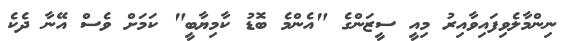
ނިންމާލެވިފައިވާއިރު މިއީ ސީޒަންގެ "އެންމެ ބޮޑު ކާމިޔާބީ" ކަމަށް ވެސް އޭނާ ދެކެ